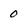
Character: 0